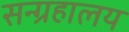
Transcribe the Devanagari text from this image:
सन्ग्रहालय